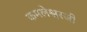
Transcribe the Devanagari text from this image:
कमलेश्वरजी